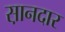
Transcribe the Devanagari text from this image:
स़ानदार